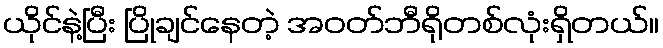
ယိုင်နဲ့ပြီး ပြိုချင်နေတဲ့ အဝတ်ဘီရိုတစ်လုံးရှိတယ်။